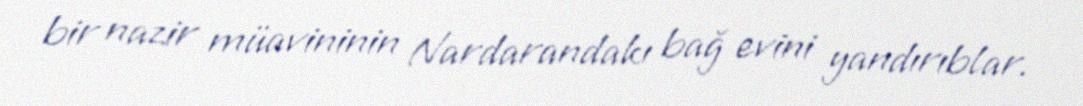
bir nazir müavininin Nardarandakı bağ evini yandırıblar.